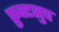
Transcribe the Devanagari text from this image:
फ्रुक्टसुप